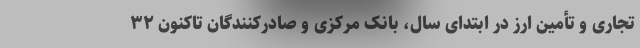
تجاری و تأمین ارز در ابتدای سال، بانک مرکزی و صادرکنندگان تاکنون ۳۲